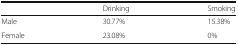
|  | Drinking | Smoking |
 | --- | --- | --- |
 | Male | 30.77% | 15.38% |
 | Female | 23.08% | 0% |